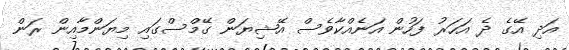
އަދި އޭގެ ދެ އަހަރު ފަހުން އަނެއްކާވެސް އޭޝިޔަން ގޭމްސްގައި މިޔަންމާއިން ރަން